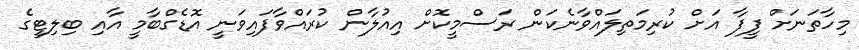
މިހާތަނަށް ފީފާ އަށް ކުރިމަތިލައްވާނެކަން ރަސްމީކޮށް އިއުލާން ކުރައްވާފައިވަނީ އޮޑެގްބާމީ އާއި ބިލިޓީގެ